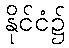
နိုင်ငံ၌